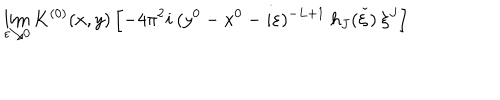
\lim _ { \varepsilon \searrow 0 } K ^ { ( 0 ) } ( x , y ) \left[ - 4 \pi ^ { 2 } i \: ( y ^ { 0 } - x ^ { 0 } - i \varepsilon ) ^ { - L + 1 } \: h _ { J } ( \check { \xi } ) \: \xi ^ { J } \right]